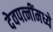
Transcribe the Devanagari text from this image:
देवपत्‍नींमध्ये